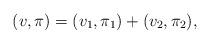
LaTeX: \begin{align*}(v,\pi)=(v_1,\pi_1)+(v_2,\pi_2),\end{align*}